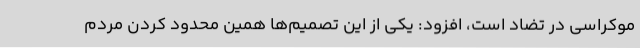
موکراسی در تضاد است، افزود: یکی از این تصمیم‌ها همین محدود کردن مردم